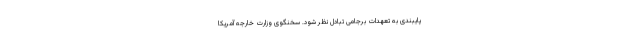
پایبندی به تعهدات برجامی تبادل نظر شود. سخنگوی وزارت خارجه آمریکا